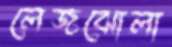
লেজঝোলা